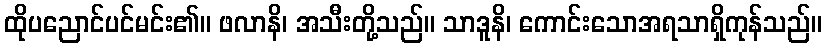
ထိုပညောင်ပင်မင်း၏။ ဖလာနိ၊ အသီးတို့သည်။ သာဒူနိ၊ ကောင်းသောအရသာရှိကုန်သည်။